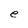
Character: e